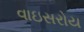
વાઇસરોય